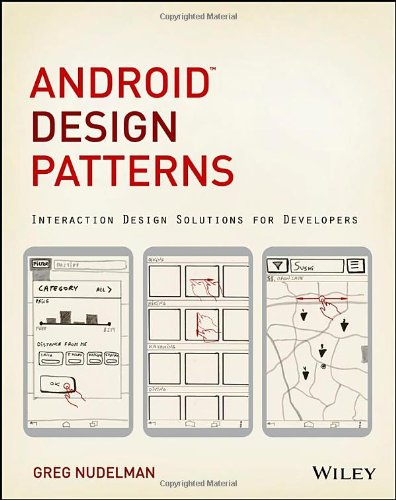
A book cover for Android Design Patterns: Interaction Design Solutions for Developers; Greg Nudelman; Computers & Technology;